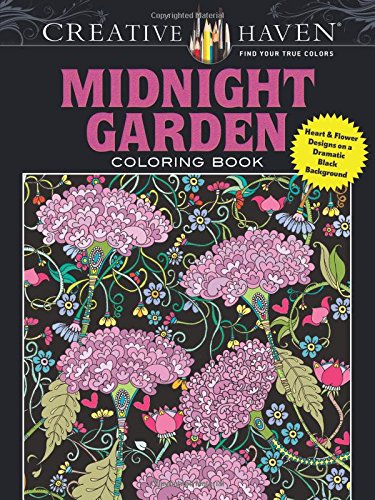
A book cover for Creative Haven Midnight Garden Coloring Book: Heart & Flower Designs on a Dramatic Black Background (Creative Haven Coloring Books); Lindsey Boylan; Humor & Entertainment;